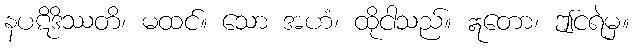
နပဋိဒိဿတိ၊ မထင်။ သော အဟံ၊ ထိုငါသည်။ ဣတော၊ ဤငရဲမှ။